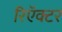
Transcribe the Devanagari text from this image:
रिऍक्टर